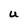
Character: U